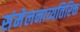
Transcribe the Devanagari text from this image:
संमेलनाव्यतिरिक्त